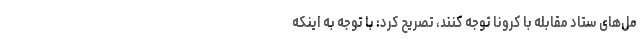
مل‌های ستاد مقابله با کرونا توجه کنند، تصریح کرد: با توجه به اینکه